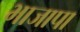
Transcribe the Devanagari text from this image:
भाजापा